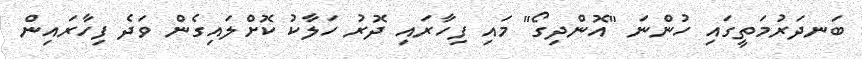
ބަނދަރުމަތީގައި ހުންނަ "އޮންދިގޯ" މައި ފިހާރައި ދޮރު ހަލާކު ކޮށްލައިގެން ވަދެ ފިހާރައިން